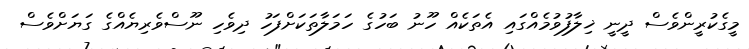
މީގެކުރީންވެސް ދީނީ ޚިލާފުވުމެއްގައި އެތަކެއް ހޫނު ބަހުގެ ހަމަލާތަކަށްފަހު ދިވެހި ނޫސްވެރިޔެއްގެ ގަޔަށްވެސް